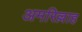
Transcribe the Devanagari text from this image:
अमरिल्लाह